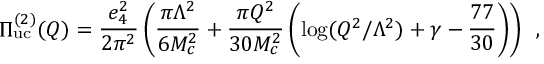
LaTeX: \Pi _ { \mathrm { u c } } ^ { ( 2 ) } ( Q ) = \frac { e _ { 4 } ^ { 2 } } { 2 \pi ^ { 2 } } \left( \frac { \pi \Lambda ^ { 2 } } { 6 M _ { c } ^ { 2 } } + \frac { \pi Q ^ { 2 } } { 3 0 M _ { c } ^ { 2 } } \left( \log ( Q ^ { 2 } / \Lambda ^ { 2 } ) + \gamma - \frac { 7 7 } { 3 0 } \right) \right) \, ~ ,